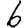
Digit: 6